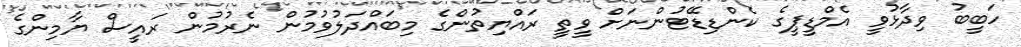
ހަބީބު ވިދާޅުވީ އެމްޑީޕީގެ ކެންޑިޑޭޓުންނަށް ވީތީ ރައްޔިތުންގެ މިބައްދަލުވުމުން ނެރުމުން ރައީސް ޔާމިންގެ